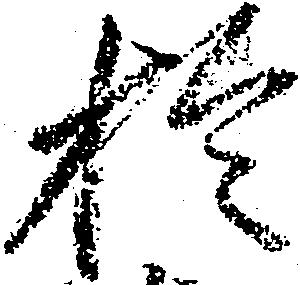
於